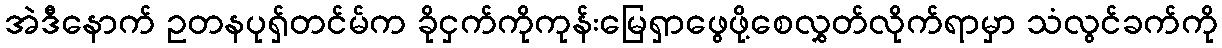
အဲဒီနောက် ဥတနပုရှ်တင်မ်က ခိုငှက်ကိုကုန်းမြေရှာဖွေဖို့စေလွှတ်လိုက်ရာမှာ သံလွင်ခက်ကို